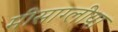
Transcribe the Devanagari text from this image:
मीसाग्लीया